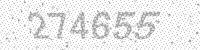
Solution: 274655